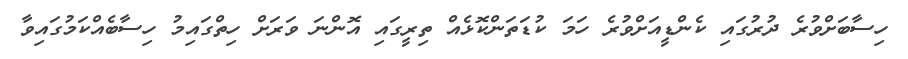
ހިސާބަށްވުރެ ދުރުގައި ކެންޑީއަށްވުރެ ހަމަ ކުޑަތަންކޮޅެއް ތިރީގައި އޮންނަ ވަރަށް ހިތްގައިމު ހިސާބެއްކަމުގައިވާ